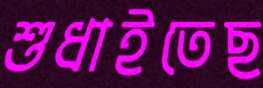
শুধাইতেছ